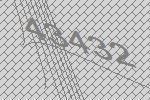
43432